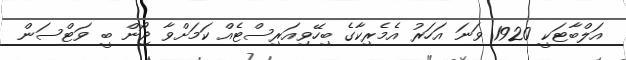
އަލްބާޓަކީ 1920 ވަނަ އަހަރު އެމެރިކާގެ ބިހޭވިއަރިސްޓެއް ކަމަށްވާ ޖޯން ބީ ވަޓްސަން